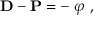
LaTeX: \mathbf { D - P = - \nabla } \varphi \ ,